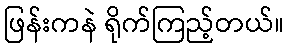
ဖြန်းကနဲ ရိုက်ကြည့်တယ်။